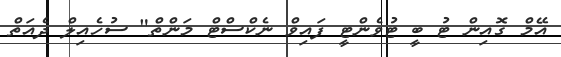
އޭމް ގޮއިން ޓު ބީ ޓުވެންޓީ ފައިވް ނެކްސްޓް މަންތް" ސުހެއިލް ދެއަތް